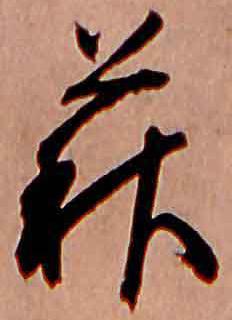
萩